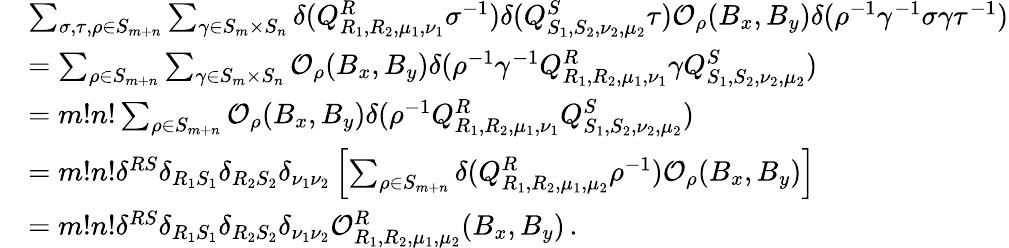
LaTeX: \begin{array}{rl}{}&{\sum_{\sigma,\tau,\rho\in S_{m+n}}\sum_{\gamma\in S_{m}\times S_{n}}\delta(Q_{R_{1},R_{2},\mu_{1},\nu_{1}}^{R}\sigma^{-1})\delta(Q_{S_{1},S_{2},\nu_{2},\mu_{2}}^{S}\tau)\mathcal{O}_{\rho}(B_{x},B_{y})\delta(\rho^{-1}\gamma^{-1}\sigma\gamma\tau^{-1})}\\ {}&{=\sum_{\rho\in S_{m+n}}\sum_{\gamma\in S_{m}\times S_{n}}\mathcal{O}_{\rho}(B_{x},B_{y})\delta(\rho^{-1}\gamma^{-1}Q_{R_{1},R_{2},\mu_{1},\nu_{1}}^{R}\gamma Q_{S_{1},S_{2},\nu_{2},\mu_{2}}^{S})}\\ {}&{=m!n!\sum_{\rho\in S_{m+n}}\mathcal{O}_{\rho}(B_{x},B_{y})\delta(\rho^{-1}Q_{R_{1},R_{2},\mu_{1},\nu_{1}}^{R}Q_{S_{1},S_{2},\nu_{2},\mu_{2}}^{S})}\\ {}&{=m!n!\delta^{RS}\delta_{R_{1}S_{1}}\delta_{R_{2}S_{2}}\delta_{\nu_{1}\nu_{2}}\left[\sum_{\rho\in S_{m+n}}\delta(Q_{R_{1},R_{2},\mu_{1},\mu_{2}}^{R}\rho^{-1})\mathcal{O}_{\rho}(B_{x},B_{y})\right]}\\ {}&{=m!n!\delta^{RS}\delta_{R_{1}S_{1}}\delta_{R_{2}S_{2}}\delta_{\nu_{1}\nu_{2}}\mathcal{O}_{R_{1},R_{2},\mu_{1},\mu_{2}}^{R}(B_{x},B_{y})\, .}\end{array}